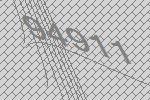
94911